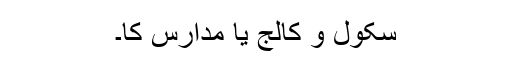
سکول و کالج یا مدارس کا۔